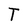
Character: T